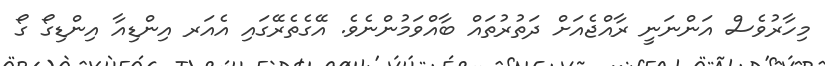
މިހާރުވެސް އަންނަނީ ރާއްޖެއަށް ދަތުރުތައް ބާއްވަމުންނެވެ. އޭގެތެރޭގައި އެއަރ އިންޑިއާ އިންޑިގޯ ގޯ